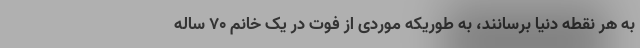
به هر نقطه دنیا برسانند، به طوریکه موردی از فوت در یک خانم ۷۰ ساله